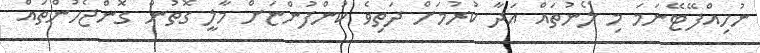
ނުހިއްފޭޓޭނަމަ މި ލޯނުތައް އަދާ ކުރުމަށް ދަތިވެ ކުންފުންޏަށް މާލީ ގޮތުން ގޮންޖެހުންތައް